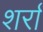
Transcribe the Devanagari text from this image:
शर्रा